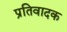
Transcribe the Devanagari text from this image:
प्रतिवादक